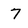
Character: 7